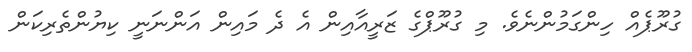
ގުރޫޕެއް ހިންގަމުންނެވެ. މި ގުރޫޕްގެ ޒަރީއާއިން އެ ދެ މައިން އަންނަނީ ކިޔުންތެރިކަން